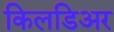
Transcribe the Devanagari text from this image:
किलडिअर